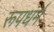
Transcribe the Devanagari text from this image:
रूपधर्म